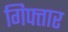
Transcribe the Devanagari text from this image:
गिफ्तार